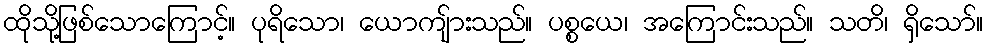
ထိုသို့ဖြစ်သောကြောင့်။ ပုရိသော၊ ယောကျ်ားသည်။ ပစ္စယေ၊ အကြောင်းသည်။ သတိ၊ ရှိသော်။